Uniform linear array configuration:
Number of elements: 8
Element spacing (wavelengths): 0.25
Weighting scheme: hann
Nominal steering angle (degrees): -15
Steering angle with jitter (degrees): -13.225
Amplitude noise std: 0.05
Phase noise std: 0.05

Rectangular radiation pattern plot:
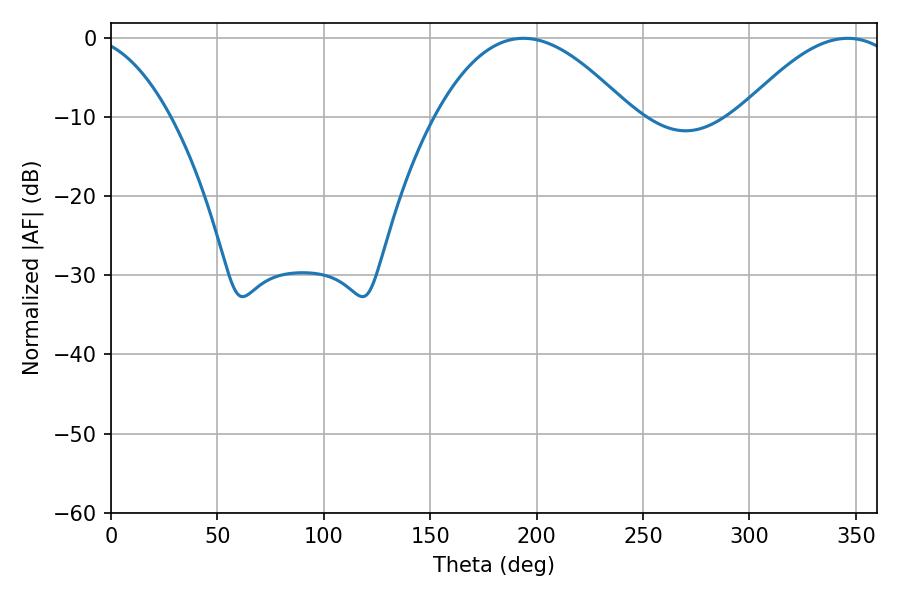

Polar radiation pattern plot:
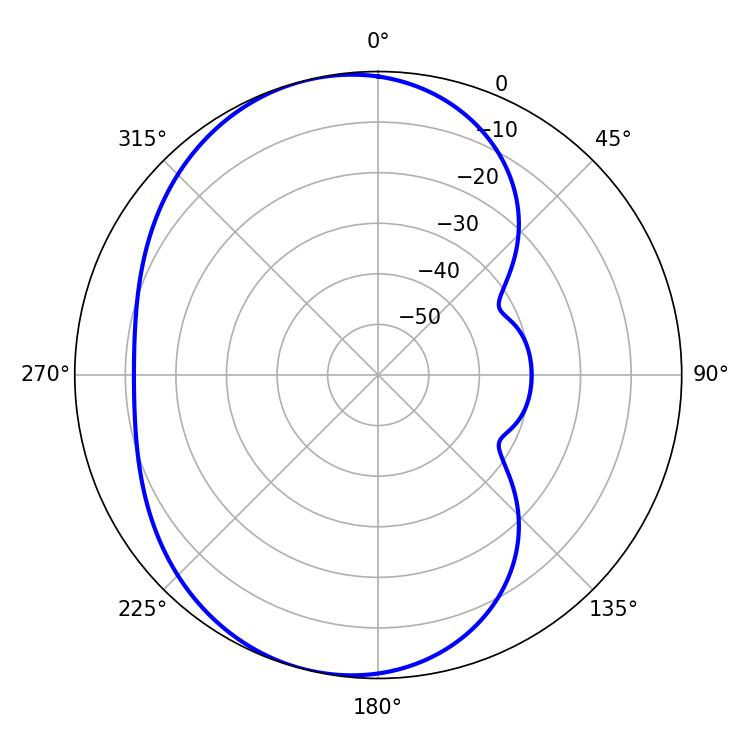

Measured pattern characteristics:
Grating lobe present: FALSE
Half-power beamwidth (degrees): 50.04
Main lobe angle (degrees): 193.86